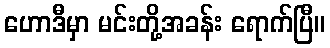
ဟောဒီမှာ မင်းတို့အခန်း ရောက်ပြီ။